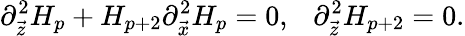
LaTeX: \partial_{\vec{z}}^{2}H_{p}+H_{p+2}\partial_{\vec{x}}^{2}H_{p}=0,\ \ \ \partial_{\vec{z}}^{2}H_{p+2}=0.